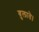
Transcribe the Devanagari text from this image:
बुलाते।